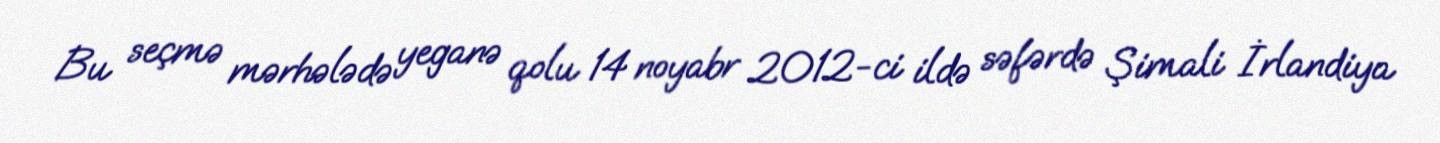
Bu seçmə mərhələdə yeganə qolu 14 noyabr 2012-ci ildə səfərdə Şimali İrlandiya